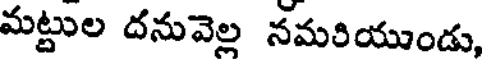
మట్టుల దనువెల్ల నమరియుండు,